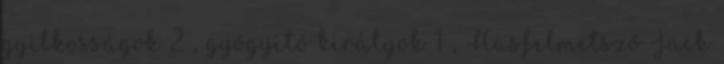
gyilkosságok 2 , gyógyító királyok 1 , Hasfelmetsző Jack